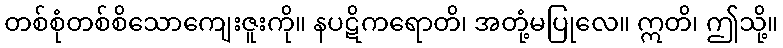
တစ်စုံတစ်စိသောကျေးဇူးကို။ နပဋိကရောတိ၊ အတုံ့မပြုလေ။ ဣတိ၊ ဤသို့။